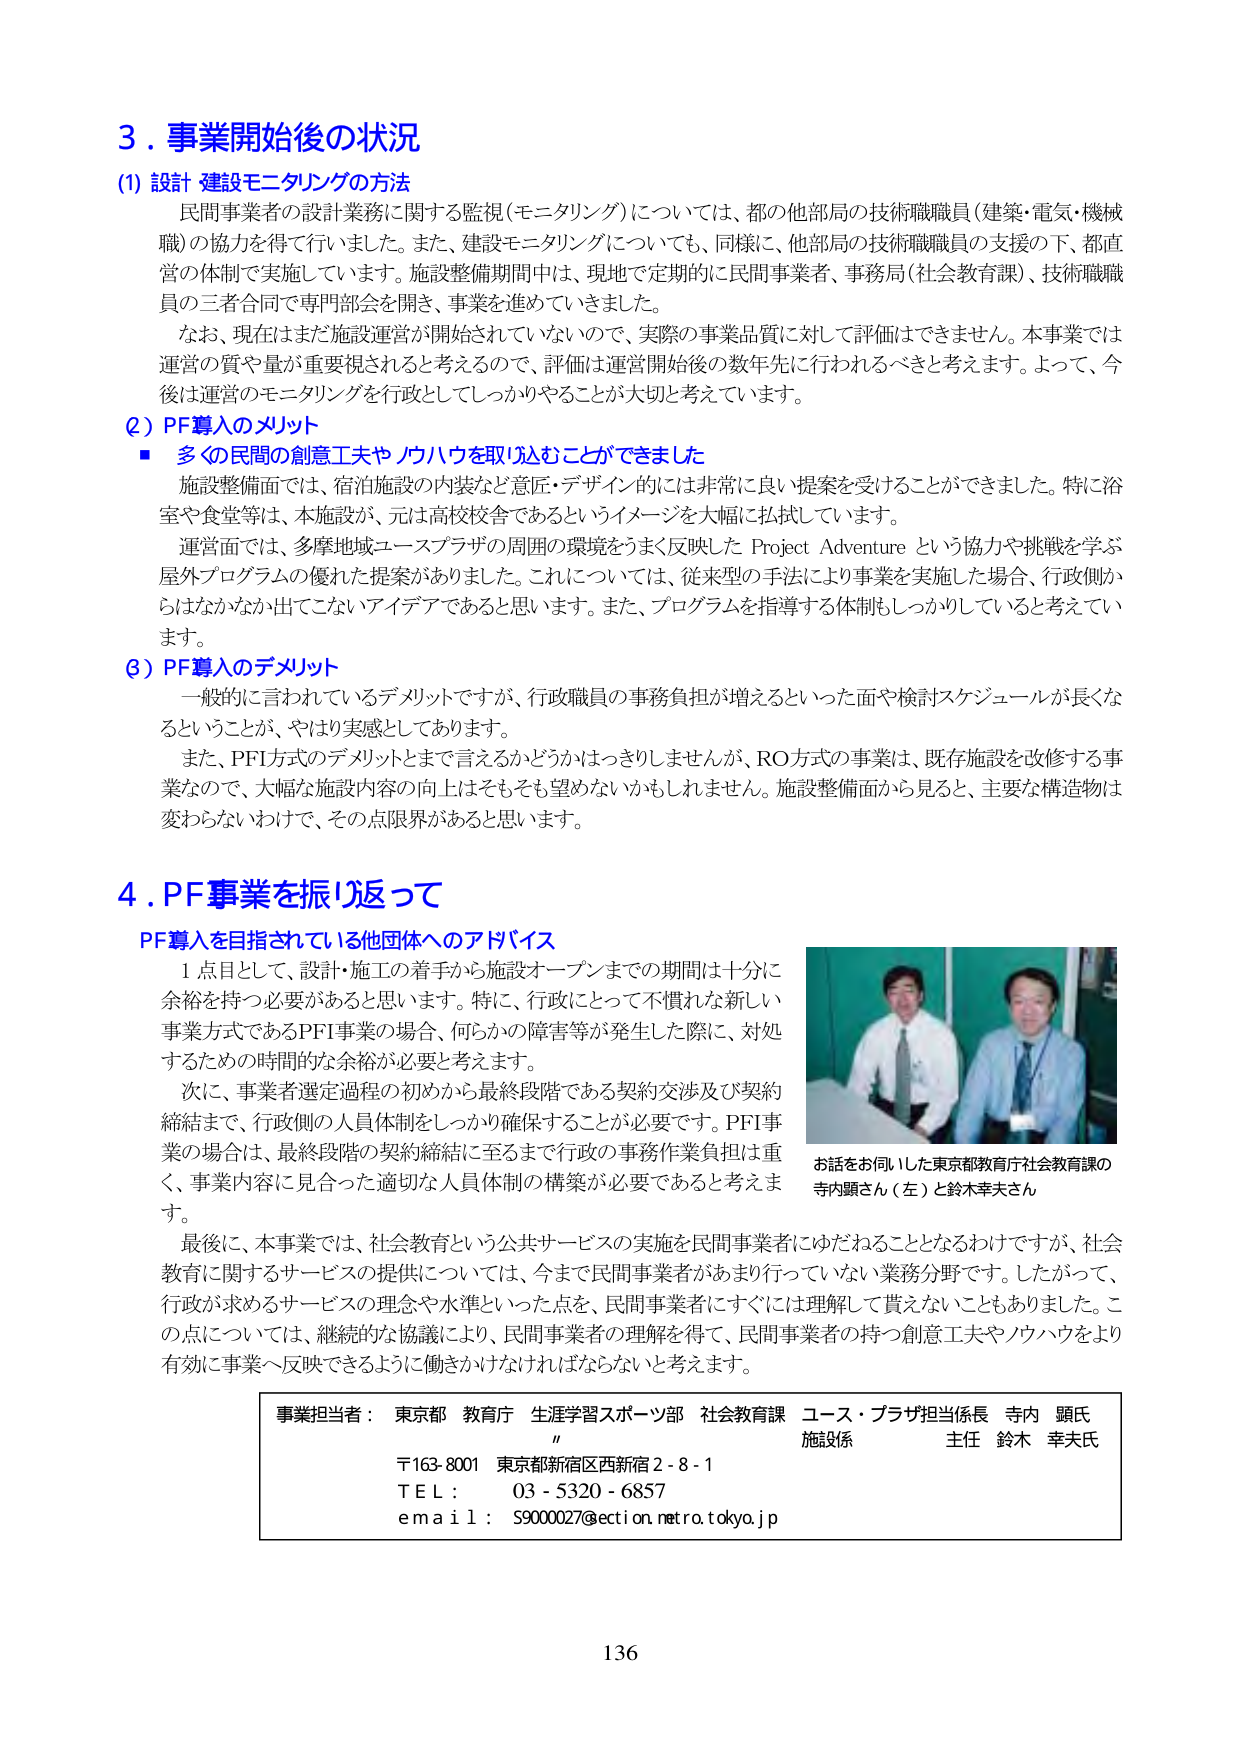
3．事業開始後の状況
(1) 設計・建設モニタリングの方法
民間事業者の設計業務に関する監視（モニタリング）については、都の他部局の技術職職員（建築・電気・機械職）の協力を得て行いました。また、建設モニタリングについても、同様に、他部局の技術職職員の支援の下、都直営の体制で実施しています。施設整備期間中は、現地で定期的に民間事業者、事務局（社会教育課）、技術職職員の三者合同で専門部会を開き、事業を進めていきました。
なお、現在はまだ施設運営が開始されていないので、実際の事業品質に対して評価はできません。本事業では運営の質や量が重要視されると考えるので、評価は運営開始後の数年先に行われるべきと考えます。よって、今後は運営のモニタリングを行政としてしっかりやることが大切と考えています。

(2) PF導入のメリット
■ 多くの民間の創意工夫やノウハウを取り込むことができました
施設整備面では、宿泊施設の内装など意匠・デザイン的には非常に良い提案を受けることができました。特に浴室や食堂等は、本施設が、元は高校校舎であるというイメージを大幅に払拭しています。
運営面では、多摩地域ユースプラザの周囲の環境をうまく反映した Project Adventure という協力や挑戦を学ぶ屋外プログラムの優れた提案がありました。これについては、従来型の手法により事業を実施した場合、行政側からはなかなか出てこないアイデアであると思います。また、プログラムを指導する体制もしっかりしていると考えています。

(3) PF導入のデメリット
一般的に言われているデメリットですが、行政職員の事務負担が増えるといった面や検討スケジュールが長くなるということが、やはり実感としてあります。
また、PFI方式のデメリットとまで言えるかどうかはっきりしませんが、RO方式の事業は、既存施設を改修する事業なので、大幅な施設内容の向上はそもそも望めないかもしれません。施設整備面から見ると、主要な構造物は変わらないわけで、その点限界があると思います。

4．PF事業を振り返って
PF導入を目指されている他団体へのアドバイス
1点目として、設計・施工の着手から施設オープンまでの期間は十分に余裕を持つ必要があると思います。特に、行政にとって不慣れな新しい事業方式であるPFI事業の場合、何らかの障害等が発生した際に、対処するための時間的な余裕が必要と考えます。
次に、事業者選定過程の初めから最終段階である契約交渉及び契約締結まで、行政側の人員体制をしっかり確保することが必要です。PFI事業の場合は、最終段階の契約締結に至るまで行政の事務作業負担は重く、事業内容に見合った適切な人員体制の構築が必要であると考えます。
最後に、本事業では、社会教育という公共サービスの実施を民間事業者にゆだねることとなるわけですが、社会教育に関するサービスの提供については、今まで民間事業者があまり行っていない業務分野です。したがって、行政が求めるサービスの理念や水準といった点を、民間事業者にすぐには理解して貰えないこともありました。この点については、継続的な協議により、民間事業者の理解を得て、民間事業者の持つ創意工夫やノウハウをより有効に事業へ反映できるように働きかけなければならないと考えます。

お話を伺いました東京都教育庁社会教育課の寺内顕さん（左）と鈴木幸夫さん

事業担当者： 東京都 教育庁 生涯学習スポーツ部 社会教育課 ユース・プラザ担当係長 寺内 顕氏
　　　　　　　　　　　　　　　　　　　　　　　　　　　　　　　　　　　　　　　施設係 主任 鈴木 幸夫氏
〒163-8001 東京都新宿区西新宿2-8-1
ＴＥＬ： 03-5320-6857
ｅｍａｉｌ： S9000027@ection.metro.tokyo.jp

136